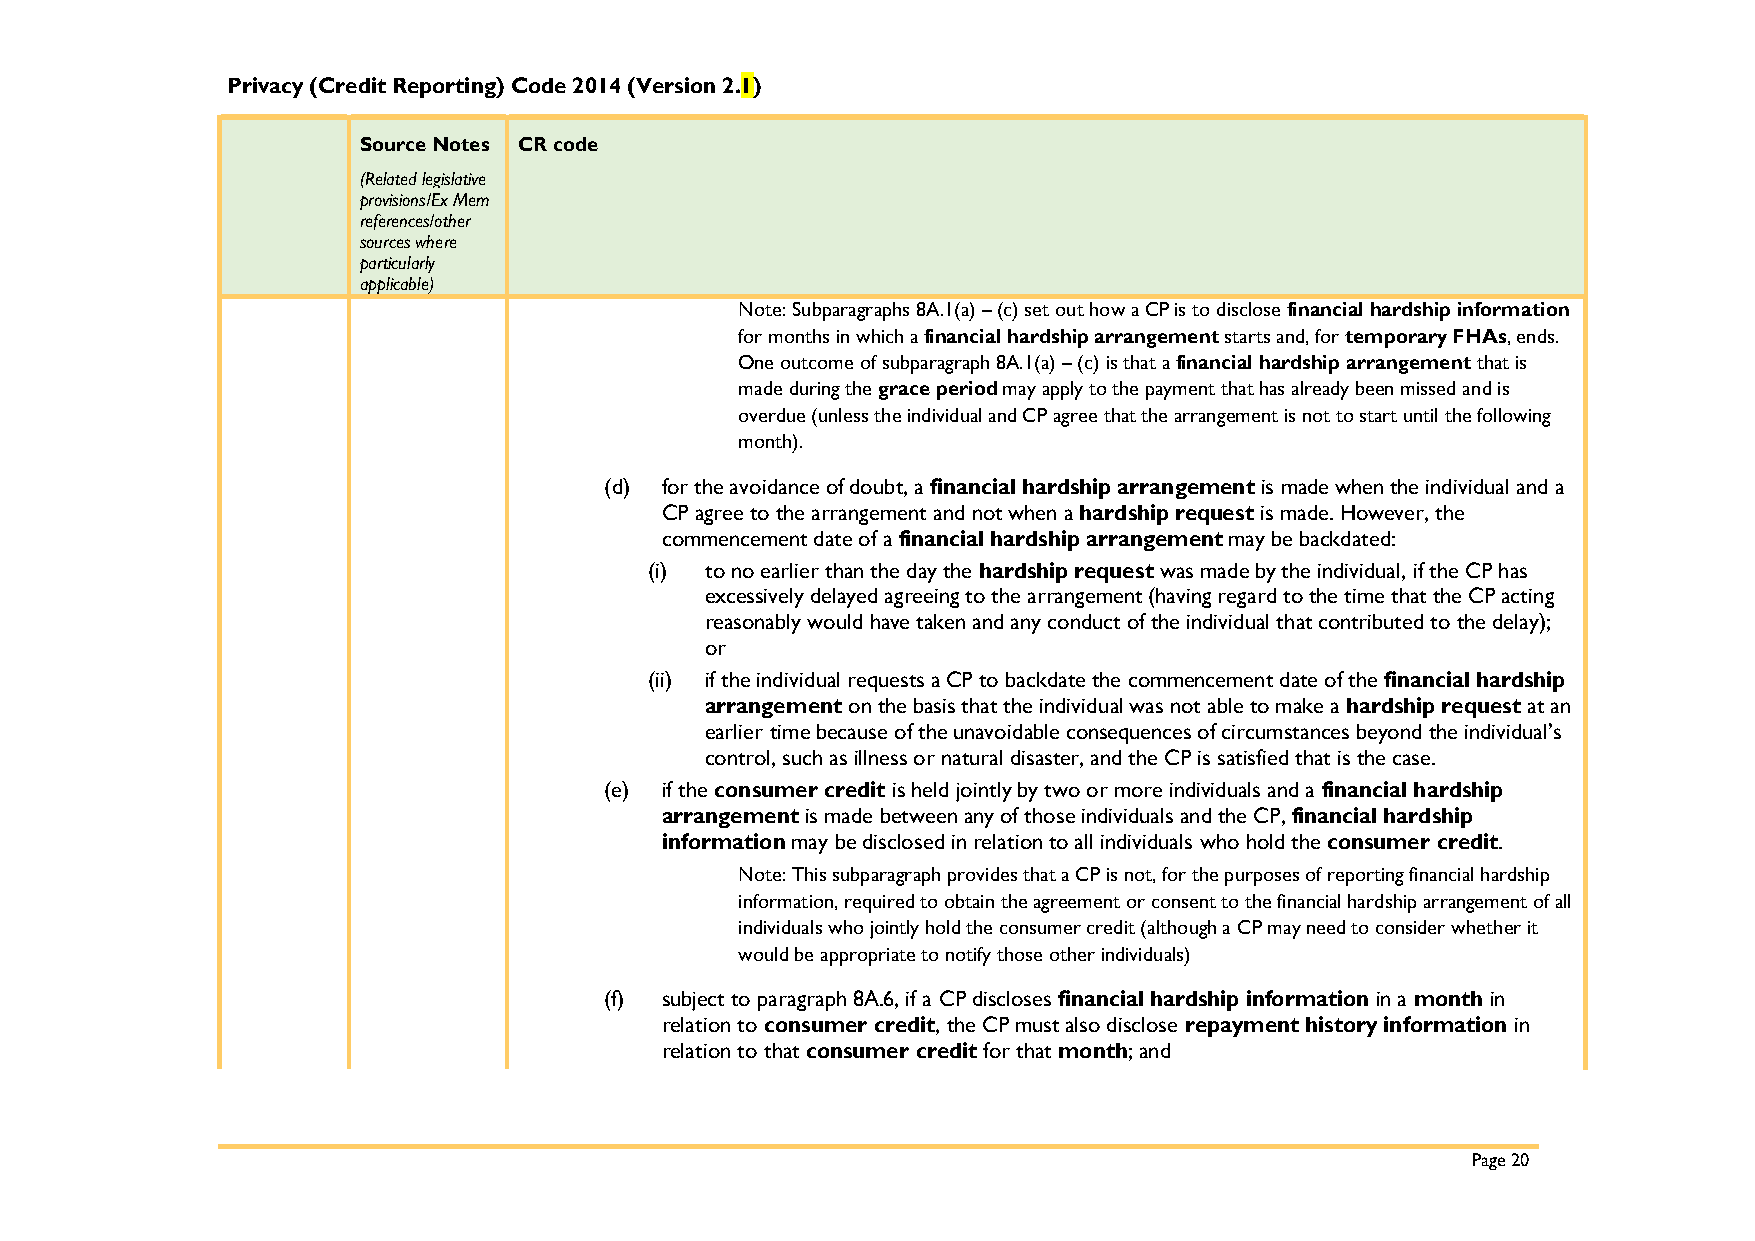
Privacy (Credit Reporting) Code 2014 (Version 2.1)
 Source Notes CR code
 (Related legislative
 provisions/Ex Mem
 references/other
 sources where
 particularly
 applicable)
 Note: Subparagraphs 8A.1(a) – (c) set out how a CP is to disclose financial hardship information
 for months in which a financial hardship arrangement starts and, for temporary FHAs, ends.
 One outcome of subparagraph 8A.1(a) – (c) is that a financial hardship arrangement that is
 made during the grace period may apply to the payment that has already been missed and is
 overdue (unless the individual and CP agree that the arrangement is not to start until the following
 month).
 (d) for the avoidance of doubt, a financial hardship arrangement is made when the individual and a
 CP agree to the arrangement and not when a hardship request is made. However, the
 commencement date of a financial hardship arrangement may be backdated:
 (i) to no earlier than the day the hardship request was made by the individual, if the CP has
 excessively delayed agreeing to the arrangement (having regard to the time that the CP acting
 reasonably would have taken and any conduct of the individual that contributed to the delay);
 or
 (ii) if the individual requests a CP to backdate the commencement date of the financial hardship
 arrangement on the basis that the individual was not able to make a hardship request at an
 earlier time because of the unavoidable consequences of circumstances beyond the individual’s
 control, such as illness or natural disaster, and the CP is satisfied that is the case.
 (e) if the consumer credit is held jointly by two or more individuals and a financial hardship
 arrangement is made between any of those individuals and the CP, financial hardship
 information may be disclosed in relation to all individuals who hold the consumer credit.
 Note: This subparagraph provides that a CP is not, for the purposes of reporting financial hardship
 information, required to obtain the agreement or consent to the financial hardship arrangement of all
 individuals who jointly hold the consumer credit (although a CP may need to consider whether it
 would be appropriate to notify those other individuals)
 (f) subject to paragraph 8A.6, if a CP discloses financial hardship information in a month in
 relation to consumer credit, the CP must also disclose repayment history information in
 relation to that consumer credit for that month; and
 Page 20